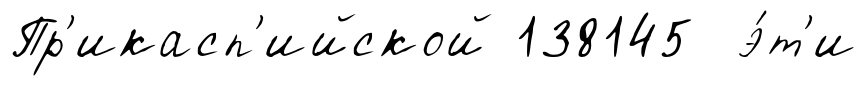
Пр'икасп'ийской 138145 э́т'и